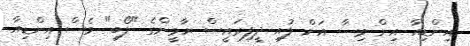
އިންޑިއާ އިން ވިސާ އަށް ލުއި ދީފިރައީސް ޔާމީންގެ "ލޯބި" ވެސް އިންޑިއާ